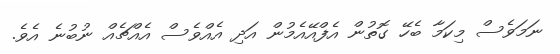
ނަމަވެސް މިކަމާ ބެހޭ ގޮތުން އެފްއޭއެމުން އަދި އެއްވެސް އެއްޗެއް ނުބުނެ އެވެ.